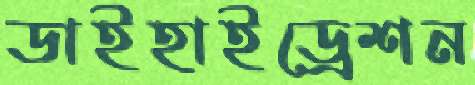
ডাইহাইড্রেশন